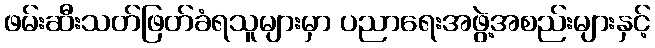
ဖမ်းဆီးသတ်ဖြတ်ခံရသူများမှာ ပညာရေးအဖွဲ့အစည်းများနှင့်